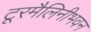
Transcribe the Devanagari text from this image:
टूरमैलिनीभवन